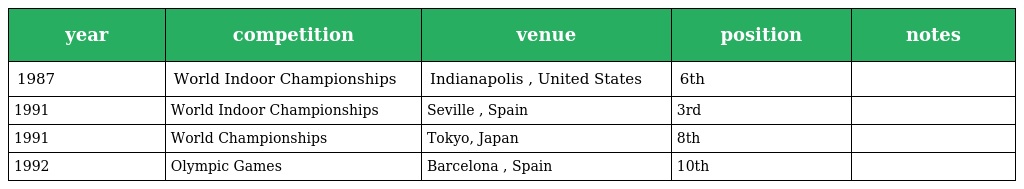
| year | competition | venue | position | notes |
 | --- | --- | --- | --- | --- |
 | 1987 | World Indoor Championships | Indianapolis , United States | 6th |  |
 | 1991 | World Indoor Championships | Seville , Spain | 3rd |  |
 | 1991 | World Championships | Tokyo, Japan | 8th |  |
 | 1992 | Olympic Games | Barcelona , Spain | 10th |  |